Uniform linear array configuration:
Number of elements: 64
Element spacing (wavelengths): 0.25
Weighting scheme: kaiser
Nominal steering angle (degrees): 30
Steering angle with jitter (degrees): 29.921
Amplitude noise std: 0.05
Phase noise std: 0.05

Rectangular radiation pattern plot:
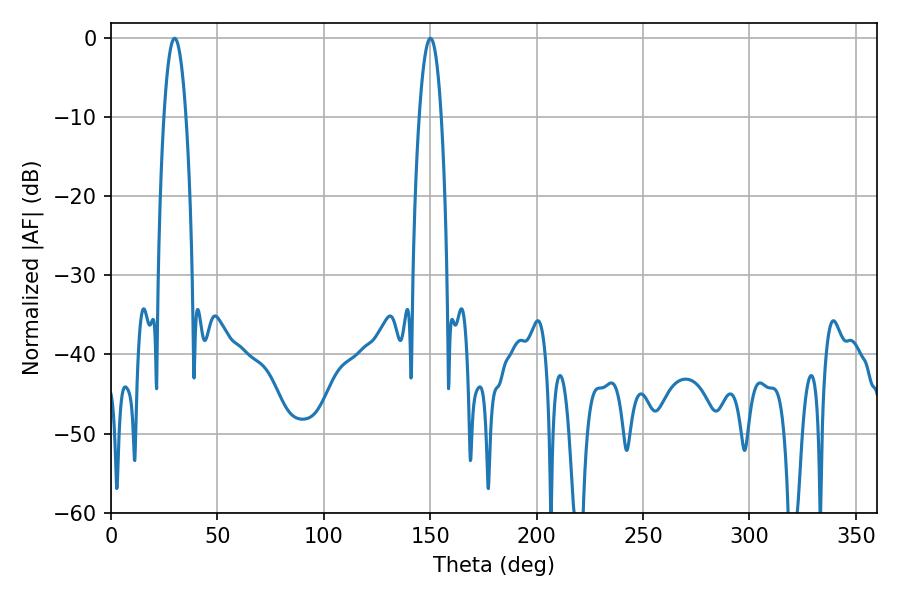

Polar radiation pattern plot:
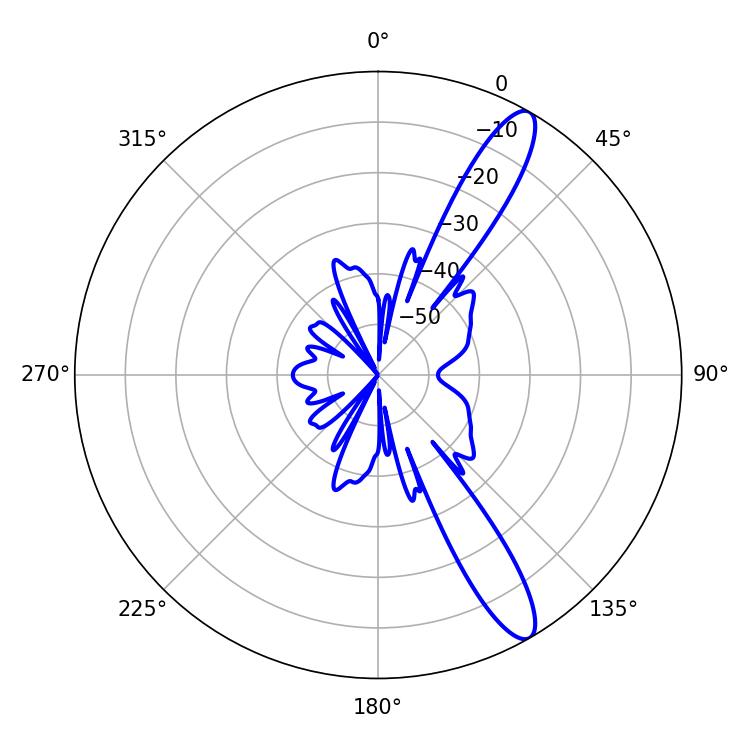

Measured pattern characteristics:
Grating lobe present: FALSE
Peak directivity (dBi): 12.688
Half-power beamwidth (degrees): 5.76
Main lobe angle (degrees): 29.88